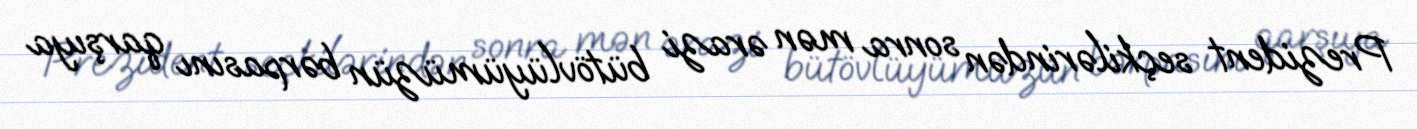
Prezident seçkilərindən sonra mən ərazi bütövlüyümüzün bərpasını qarşıya